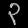
Digit: ၃